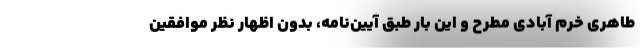
طاهری خرم آبادی مطرح و این بار طبق آیین‌نامه، بدون اظهار نظر موافقین